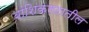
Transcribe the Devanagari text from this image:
वांशिकगटातील